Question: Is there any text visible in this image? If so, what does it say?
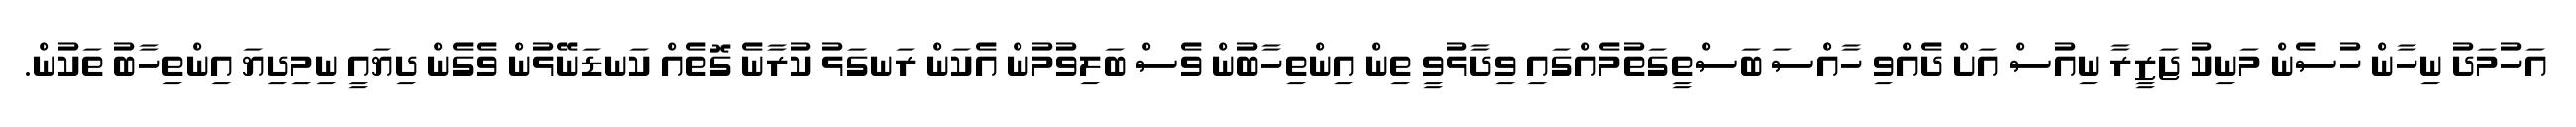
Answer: އަހުމަދު ނިހާން ހުސެން މަނިކު ޖަޒީރާ ނިއުސް އަށް ދެއްވި ހާއްސަ ބަސްތީގަތުމެއްގައި ވިދާޅުވީ ތިން އިންތިހާބުން ވެސް ބަލިވުމުން އެކަން ރަނގަޅު ކުރާނެ ގޮތެއް ކަނޑަނޭޅުން ވެގެން ދިޔައީ ނިމިދިޔަ އިންތިހާބު ތަކުން.